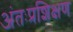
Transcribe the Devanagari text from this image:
अंतःप्रशिक्षण